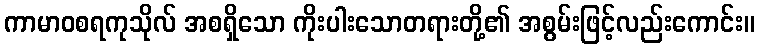
ကာမာဝစရကုသိုလ် အစရှိသော ကိုးပါးသောတရားတို့၏ အစွမ်းဖြင့်လည်းကောင်း။